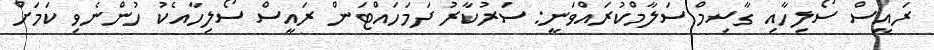
ރައީސް ސޯލިހާއި ގާސިމް ސަލާމްކުރައްވަނީ: ސަރުކާރު ދަމަހައްޓަން ރައީސް ސޯލިހާއެކު ހުންނެވި ކަމަށް